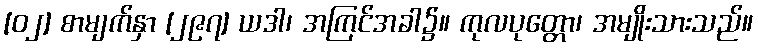
[၀၂] စာမျက်နှာ [၂၉၇] ယဒါ၊ အကြင်အခါ၌။ ကုလပုတ္တော၊ အမျိုးသားသည်။